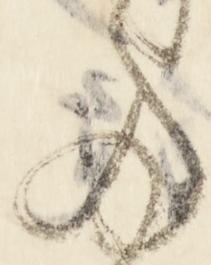
多